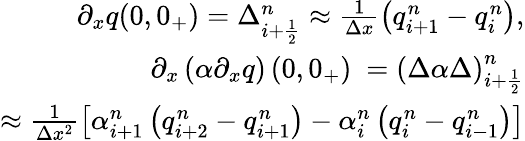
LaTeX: \begin{array}{r}{\partial_{x}q(0,0_{+})=\Delta_{i+\frac{1}{2}}^{n}\approx\frac{1}{\Delta x}\left(q_{i+1}^{n}-q_{i}^{n}\right),}\\ {\partial_{x}\left(\alpha\partial_{x}q\right)\left(0,0_{+}\right)\ =\left(\Delta\alpha\Delta\right)_{i+\frac{1}{2}}^{n}}\\ {\approx\frac{1}{\Delta x^{2}}\left[\alpha_{i+1}^{n}\left(q_{i+2}^{n}-q_{i+1}^{n}\right)-\alpha_{i}^{n}\left(q_{i}^{n}-q_{i-1}^{n}\right)\right]}\end{array}